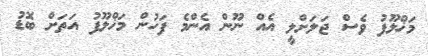
މަޚްލޫފު ވެސް ޖަލަށްލީ އެއް ނޫން އެންމެ ފަހުން މަޚްލޫފު އަތަށް ބޮޑު